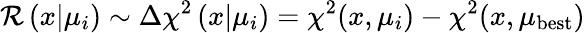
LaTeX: \mathcal{R}\left(x|\mu_{i}\right)\sim\Delta\chi^{2}\left(x|\mu_{i}\right)=\chi^{2}(x,\mu_{i})-\chi^{2}(x,\mu_{\textrm{{best}}})